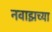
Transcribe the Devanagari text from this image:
नवाझच्या